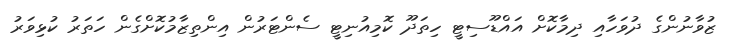
ޒުވާނުންގެ ދުވަހާއި ދިމާކޮށް އައްޑޫސިޓީ ހިތަދޫ ކޮމިއުނިޓީ ސެންޓަރުން އިންތިޒާމުކޮށްގެން ހަތަރު ކުޅިވަރު